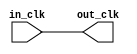
// nios_qsys_clock_in.v

// Generated using ACDS version 18.1 222

`timescale 1 ps / 1 ps
module nios_qsys_clock_in (
		input  wire  in_clk,  //  in_clk.clk
		output wire  out_clk  // out_clk.clk
	);

	assign out_clk = in_clk;

endmodule